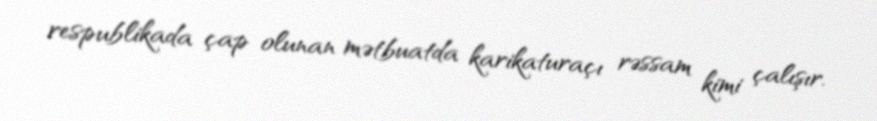
respublikada çap olunan mətbuatda karikaturaçı rəssam kimi çalışır.